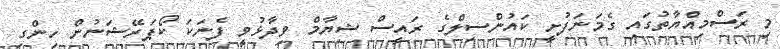
މި ރަސްމިއްޔާތުގައި ގެމަނަފުށީ ކައުންސިލްގެ ރައީސް ޝިޔާމް ވިދާޅުވީ ފެނަކަ ކޯޕަރޭޝަނުން ހިންގި